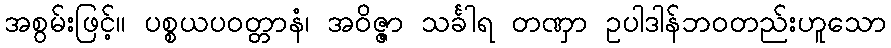
အစွမ်းဖြင့်။ ပစ္စယပဝတ္တာနံ၊ အဝိဇ္ဇာ သင်္ခါရ တဏှာ ဥပါဒါန်ဘဝတည်းဟူသော